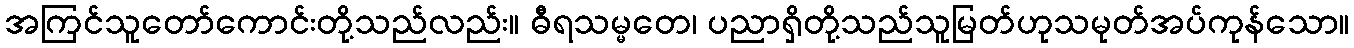
အကြင်သူတော်ကောင်းတို့သည်လည်း။ ဓီရသမ္မတေ၊ ပညာရှိတို့သည်သူမြတ်ဟုသမုတ်အပ်ကုန်သော။